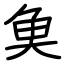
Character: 𩵋